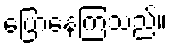
ပြောနေကြသည်။